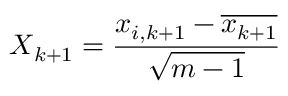
\boldsymbol { X } _ { k + 1 } = \frac { \boldsymbol { x } _ { i , k + 1 } - \overline { { \boldsymbol { x } _ { k + 1 } } } } { \sqrt { m - 1 } }